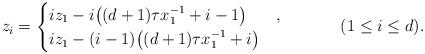
LaTeX: \begin{align*} z_i &= \begin{cases} i z_1 - i \big( (d+1)\tau x_1^{-1} + i - 1 \big) & , \\ i z_1 - (i-1) \big( (d+1)\tau x_1^{-1} + i \big) & \end{cases} && (1 \leq i \leq d). \end{align*}